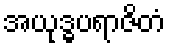
အယုဒ္ဓပရာဇိတံ